Bréfritari: Þórunn Pálsdóttir
Viðtakandi: Páll Pálsson
Dagsetning: A-1825-11-05
Skrifað á: Hallfreðarstöðum  N-Múl.
Páll var bróðir Þórunnar

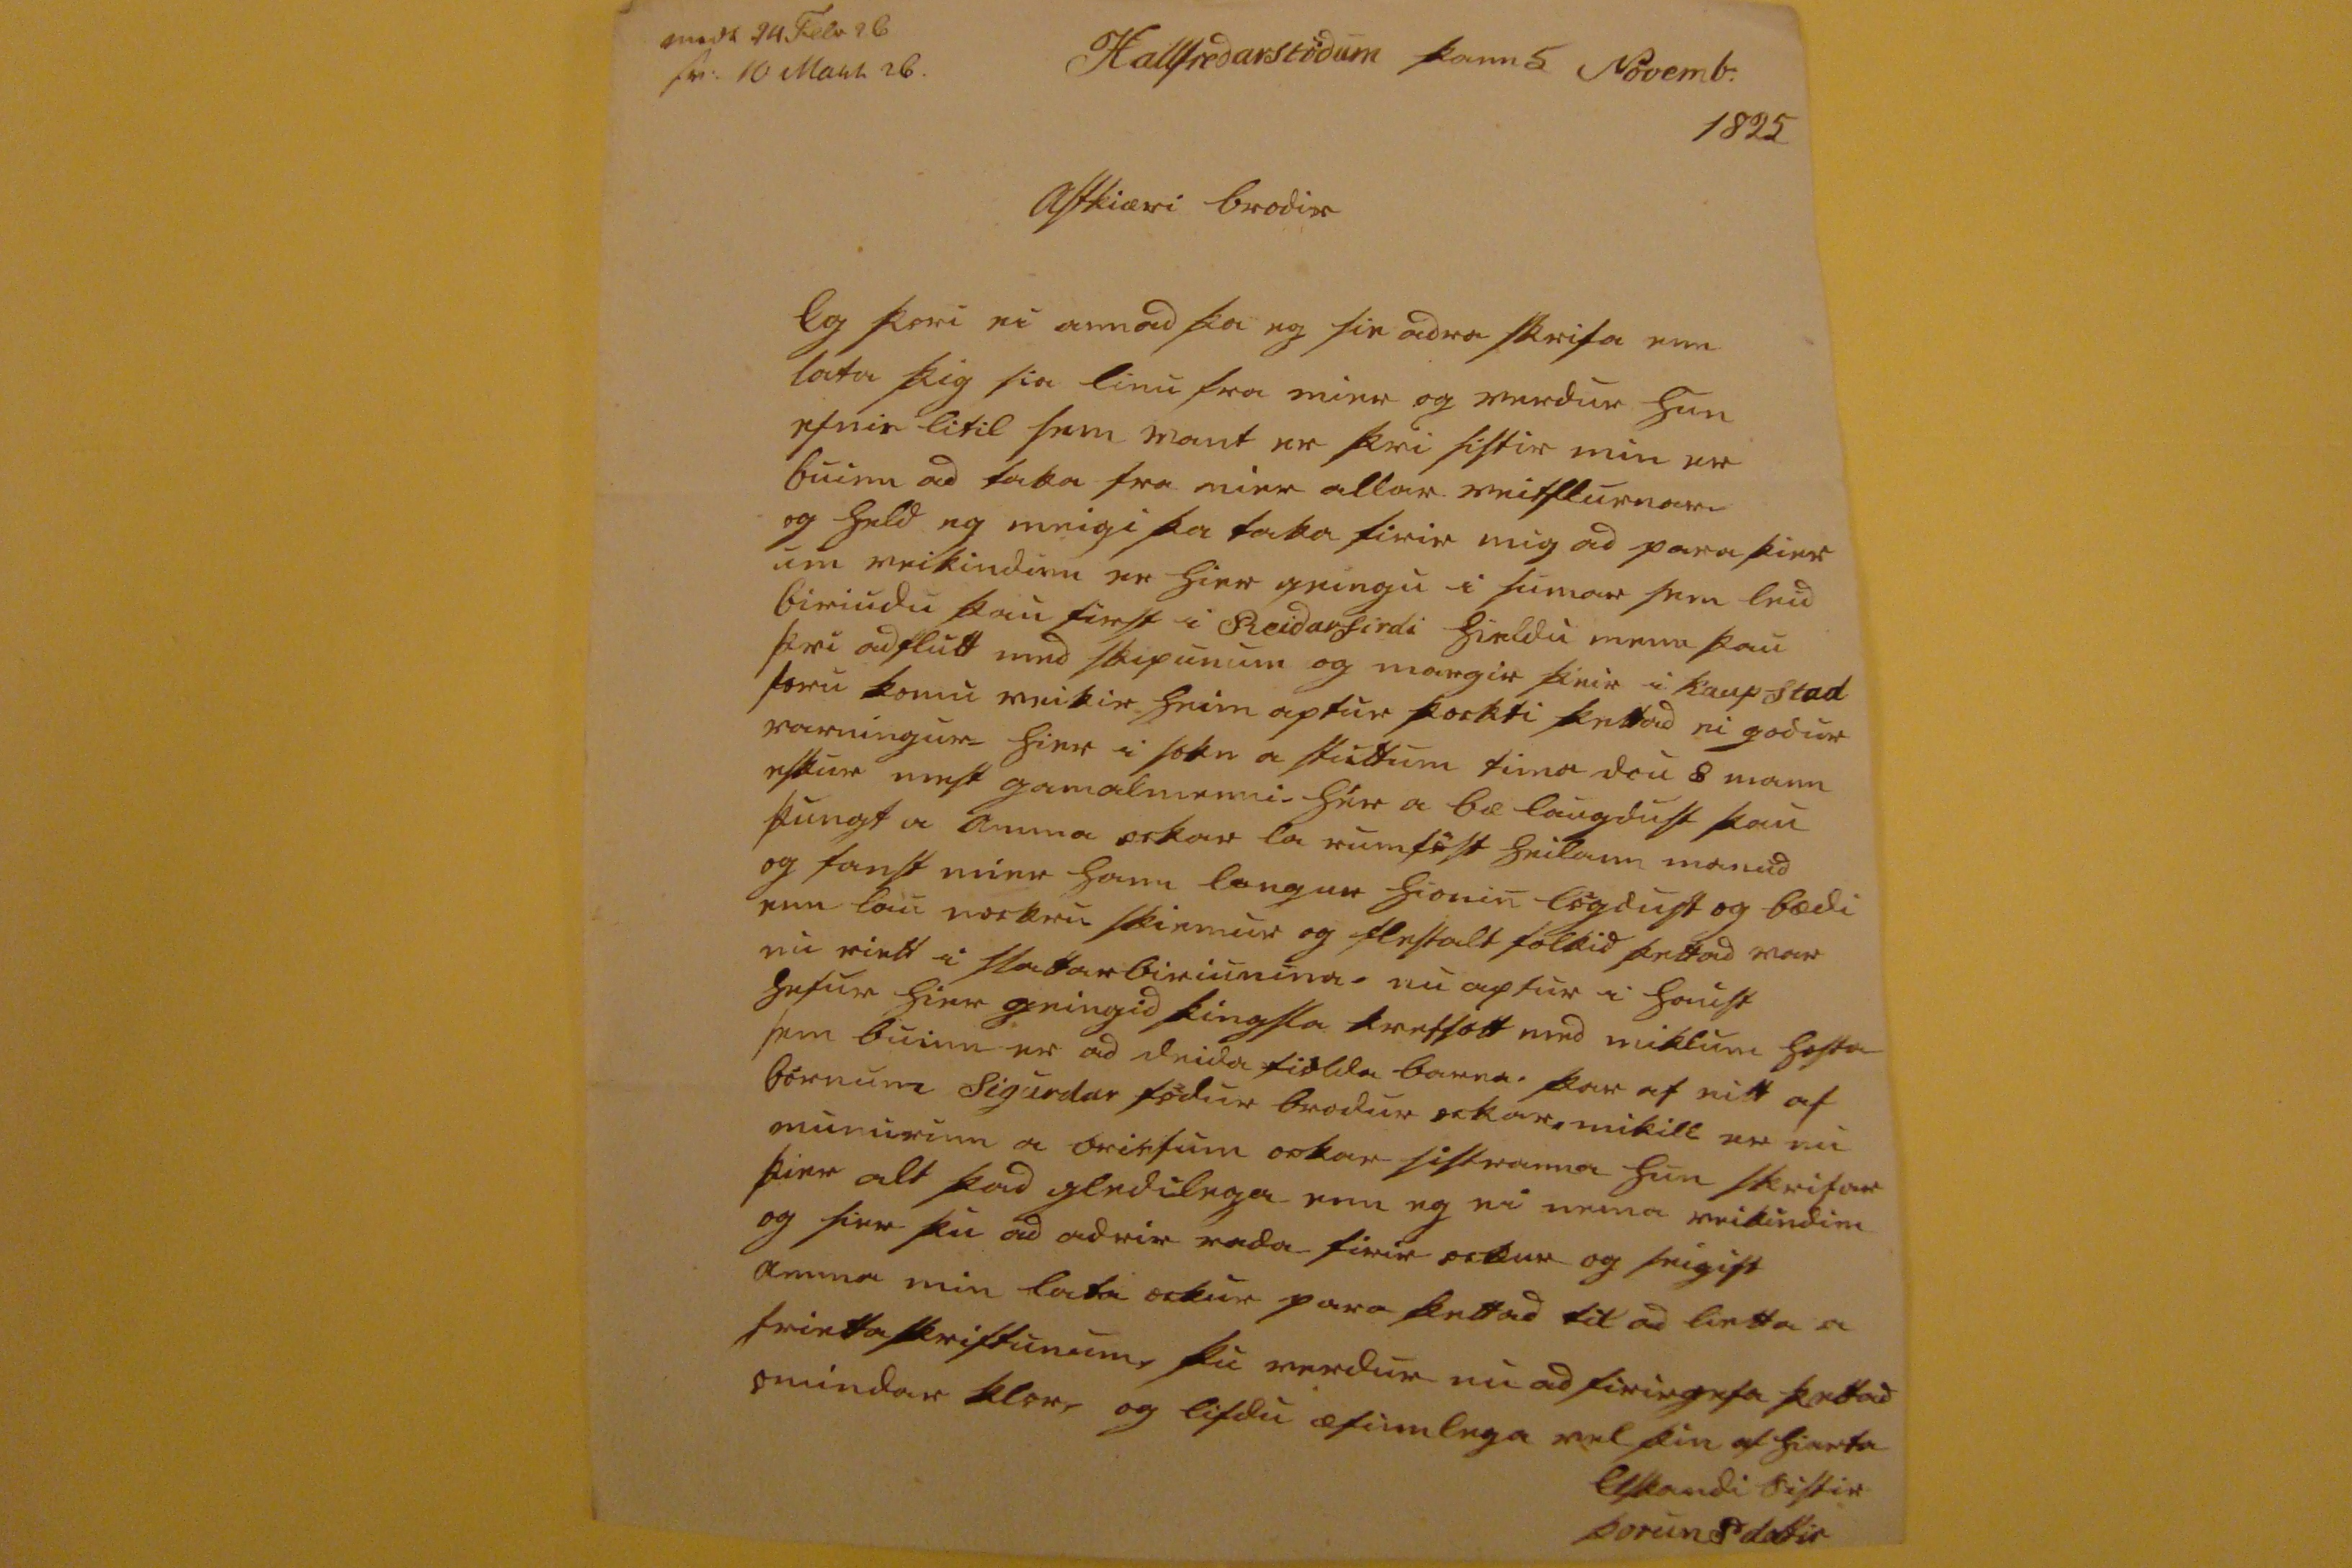

000 24 Feb 26 sv: 10 Marr 26
Hallfredarstödum þann 5 November 1825
Astkiæri brodir
Ég þori ei annad þa eg sie adra skrifa enn lata þig sia linu fra mier og verdur hun efni
n
litil sem vant er þvi sistir min er buinn ad taka fra mier allar
veitskurnar
og held eg meigi þa taka firir mig ad para þier um veikindinn er hier geingu i sumar sem leid biriudu þau first i Reidarfirdi hieldu menn þau þvi ad flutt med skipunum og margir þinir i kaupstad foru komu veikir heim aptur þockti
þettad
ei godur varningur- hier i sokn a stuttum tima dou 8 mann eskur mest gamalmenni. hér a bæ laugdust þau þungt a amma ockar la rumföst heilann manud og fanst mier hann langur hionin lo
0
gdust og bædi enn lau nockru skiemur og flestalt folkid þettad var nu riett i
slattarbiriunina.
nu aptur i haust hefur hier geingid
þingsla þreffolt
med miklum hosta sem buinn er ad deida fiölda barna. þar af eitt af börnum sigurdar födur brodur ockar. mikill er nu munurinn a
dri0fum
ockar sistranna hun skrifar þier alt þad gledilega enn eg ei nema veikindinn og þier þu ad adrir rada firir ockur og þeigist amma min lata ockur para þettad til ad lietta a frietta skriftunum, þu verdur nu ad firirgefa þettad omindar klor, og lifdu æfinlega vel þin af hiarta
Elskandi sistir
Þorun Palsdottir